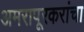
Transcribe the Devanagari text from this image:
अमरापूरकरांचा